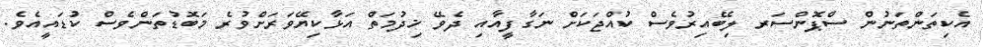
އެކިތަންތަނުން ސްޕޮންސަރ ލިބޭއިރުވެސް ކުއްޖަކަށް ނަގާފީއާއި ދެވޭ ޚިދުމަތް އަޅާކިޔޭވަރަށްވުރެ މަބޮޑުތަންވެސް ކުޑައީއެވެ.